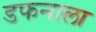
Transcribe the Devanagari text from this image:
डफनाला